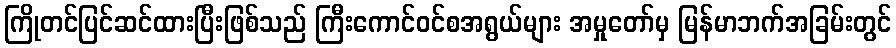
ကြိုတင်ပြင်ဆင်ထားပြီးဖြစ်သည် ကြီးကောင်ဝင်စအရွယ်များ အမှုတော်မှ မြန်မာဘက်အခြမ်းတွင်